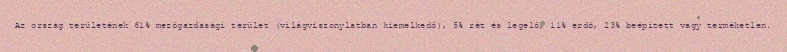
Az ország területének 61% mezőgazdasági terület (világviszonylatban kiemelkedő), 5% rét és legelő, 11% erdő, 23% beépített vagy terméketlen.